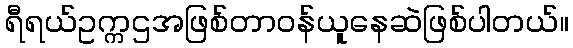
ရီရယ်ဥက္ကဌအဖြစ်တာဝန်ယူနေဆဲဖြစ်ပါတယ်။